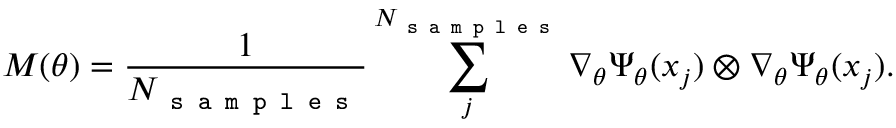
M ( \theta ) = \frac { 1 } { N _ { \texttt { s a m p l e s } } } \sum _ { j } ^ { N _ { \texttt { s a m p l e s } } } \nabla _ { \theta } \Psi _ { \theta } ( x _ { j } ) \otimes \nabla _ { \theta } \Psi _ { \theta } ( x _ { j } ) .